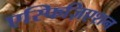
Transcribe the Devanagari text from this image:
एस्फिज़िएशन